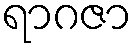
ရာဂဇာ